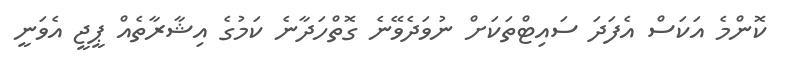
ކޮންމެ އަކަސް އެފަދަ ސައިޓްތަކަށް ނުވަދެވޭނެ ގޮތްހަދާނެ ކަމުގެ އިޝާރާތެއް ޕީޖީ އެވަނީ